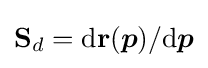
{\bf {S}}_{d}={\rm {d}}{\bf {r}}({\boldsymbol {p}})/{\rm {d}}{\boldsymbol {p}}